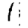
Digit: 1